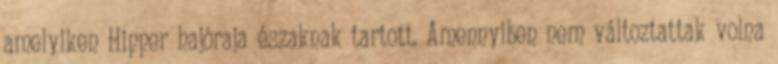
amelyiken Hipper hajóraja északnak tartott. Amennyiben nem változtattak volna